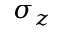
\sigma _ { z }